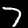
Label: 7